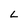
Character: L